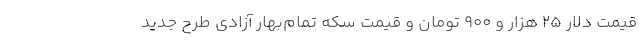
قیمت دلار 25 هزار و 900 تومان و قیمت سکه تمام‌بهار آزادی طرح جدید